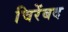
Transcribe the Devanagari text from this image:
चिरेंबद